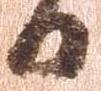
日